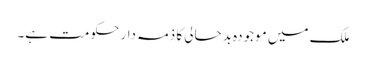
ملک میں موجودہ بدحالی کا ذمہ دار حکومت ہے۔